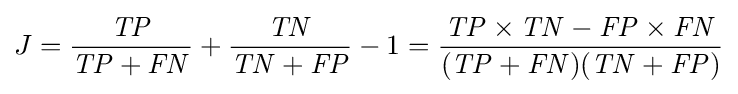
J={\frac {\mathit {TP}}{{\mathit {TP}}+{\mathit {FN}}}}+{\frac {\mathit {TN}}{{\mathit {TN}}+{\mathit {FP}}}}-1={\frac {{\mathit {TP}}\times {\mathit {TN}}-{\mathit {FP}}\times {\mathit {FN}}}{({\mathit {TP}}+{\mathit {FN}})({\mathit {TN}}+{\mathit {FP}})}}